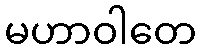
မဟာဝါတေ